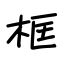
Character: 框